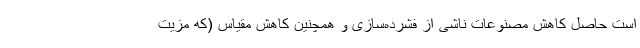
است حاصل کاهش مصنوعات ناشی از فشرده‌سازی و همچنین کاهش مقیاس (که مزیت